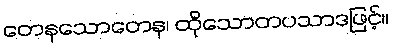
တေနသောတေန၊ ထိုသောတပသာဒဖြင့်။